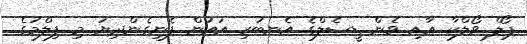
ޕޯލް ވޯލްކާ އާއި ވެން ޑީސެލްގެ އެނބުރި އައުން ފެނިގެންދިޔަ މި ފިލްމުގެ